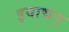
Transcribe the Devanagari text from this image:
इयाद्मन्